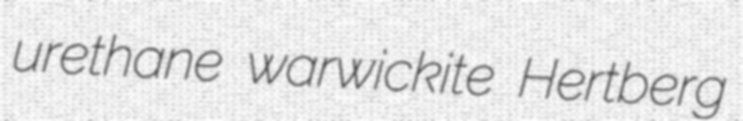
urethane warwickite Hertberg